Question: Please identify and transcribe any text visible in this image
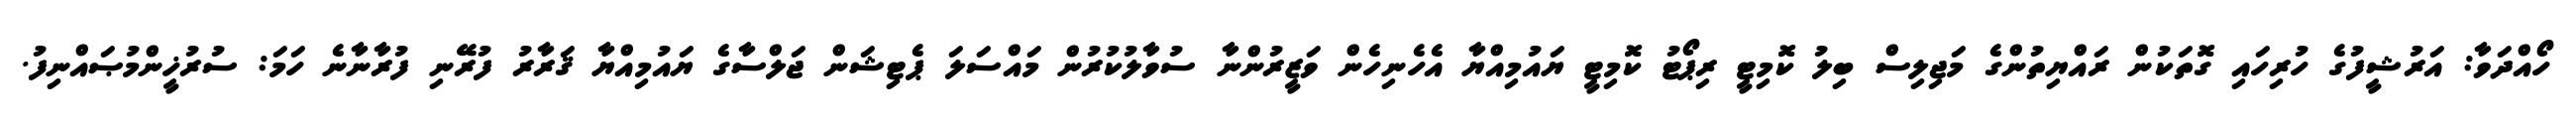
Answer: ހޯއްދަވާ: އަރުޝީފުގެ ހުރިހައި ގޮތަކުން ރައްޔިތުންގެ މަޖިލިސް ބިލު ކޮމިޓީ ރިޕޯޓު ކޮމިޓީ ޔައުމިއްޔާ އެހެނިހެން ވަޒީރުންނާ ސުވާލުކުރުން މައްސަލަ ޕެޓިޝަން ޖަލްސާގެ ޔައުމިއްޔާ ޤަރާރު ފުރޭނި ފުރާނާނެ ހަމަ: ސުރުޚީންމުޞައްނިފު.